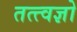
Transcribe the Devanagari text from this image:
तत्त्वज्ञो